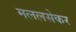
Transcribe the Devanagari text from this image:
मललसेकर